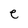
Character: e